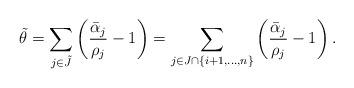
LaTeX: \begin{align*} \tilde \theta = \sum_{j\in\tilde J} \left(\frac{\bar\alpha_j}{\rho_j}-1\right)= \sum_{j\in J\cap\{i+1,\dots,n\}} \left(\frac{\bar\alpha_j}{\rho_j}-1\right).\end{align*}